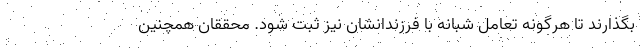
بگذارند تا هرگونه تعامل شبانه با فرزندانشان نیز ثبت شود. محققان همچنین